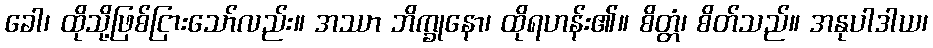
ခေါ၊ ထိုသို့ဖြစ်ငြားသော်လည်း။ အဿာ ဘိက္ခုနော၊ ထိုရဟန်း၏။ စိတ္တံ၊ စိတ်သည်။ အနုပါဒါယ၊